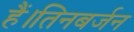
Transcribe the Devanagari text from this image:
हैं।तिनबर्जन